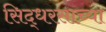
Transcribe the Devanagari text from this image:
सिद्धरसाच्या